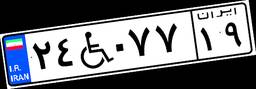
۲۴W۰۷۷۱۹